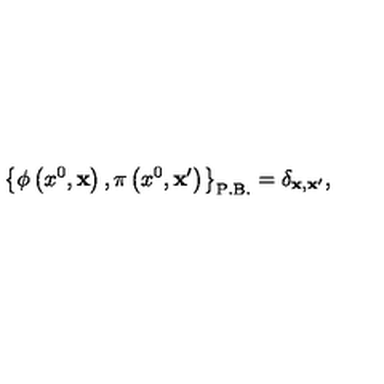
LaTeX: \left\{ \phi \left( x ^ { 0 } , { \bf x } \right) , \pi \left( x ^ { 0 } , { \bf x ^ { \prime } } \right) \right\} _ { \mathrm { P . B . } } = \delta _ { { \bf x } , { \bf x ^ { \prime } } } ,